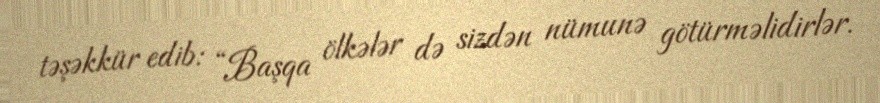
təşəkkür edib: “Başqa ölkələr də sizdən nümunə götürməlidirlər.